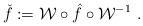
LaTeX: \begin{align*}\check f:=\mathcal{W}\circ \hat f\circ\mathcal{W}^{-1} \ .\end{align*}